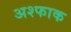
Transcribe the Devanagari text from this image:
अश्फाक